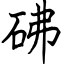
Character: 砩